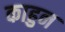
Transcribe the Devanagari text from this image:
काहुन